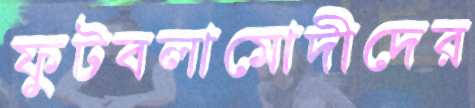
ফুটবলামোদীদের